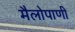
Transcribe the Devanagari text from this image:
मैलोपाणी